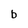
Character: b